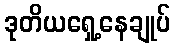
ဒုတိယရှေ့နေချုပ်